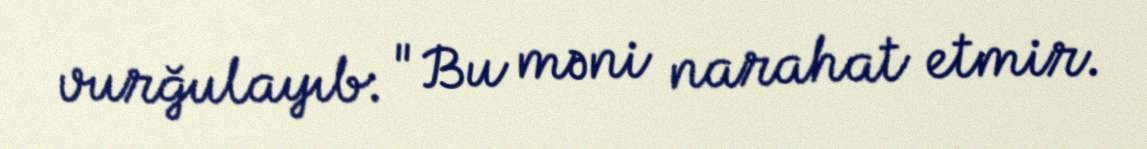
vurğulayıb: "Bu məni narahat etmir.